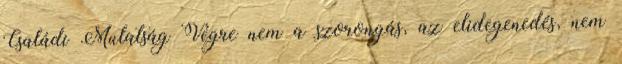
Családi Mulatság Végre nem a szorongás, az elidegenedés, nem